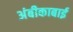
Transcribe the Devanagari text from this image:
अंबीकाबाई